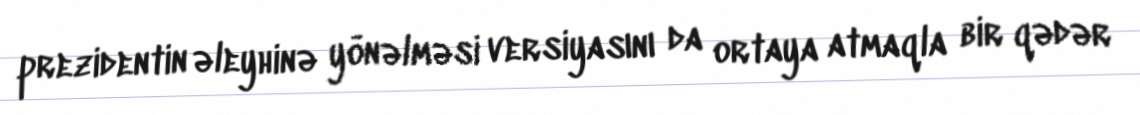
prezidentin əleyhinə yönəlməsi versiyasını da ortaya atmaqla bir qədər